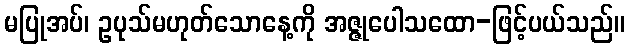
မပြုအပ်၊ ဥပုသ်မဟုတ်သောနေ့ကို အဇ္ဇုပေါသထော-ဖြင့်ပယ်သည်။